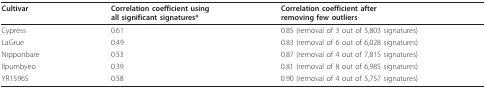
<table><thead><tr><td><b>Cultivar</b></td><td><b>Correlation coefficient using all significant signatures*</b></td><td><b>Correlation coefficient after removing few outliers</b></td></tr></thead><tbody><tr><td>Cypress</td><td>0.61</td><td>0.85 (removal of 3 out of 5,803 signatures)</td></tr><tr><td>LaGrue</td><td>0.49</td><td>0.83 (removal of 6 out of 6,028 signatures)</td></tr><tr><td>Nipponbare</td><td>0.53</td><td>0.87 (removal of 4 out of 7,815 signatures)</td></tr><tr><td>Ilpumbyeo</td><td>0.39</td><td>0.81 (removal of 8 out of 6,985 signatures)</td></tr><tr><td>YR15965</td><td>0.58</td><td>0.90 (removal of 4 out of 5,757 signatures)</td></tr></tbody></table>